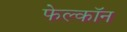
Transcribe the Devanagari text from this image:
फेल्काॅन